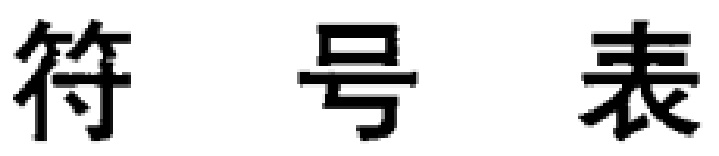
符号表